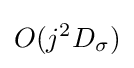
O(j^{2}D_{\sigma })